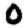
Digit: 0